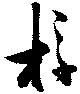
桴